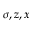
\sigma , z , x